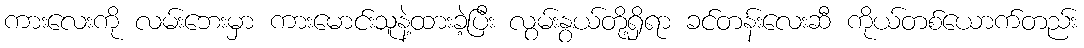
ကားလေးကို လမ်းဘေးမှာ ကားမောင်းသူနဲ့ထားခဲ့ပြီး လွမ်းနွယ်တို့ရှိရာ ခင်တန်းလေးဆီ ကိုယ်တစ်ယောက်တည်း